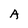
Character: A